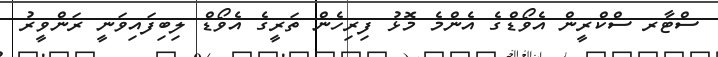
ސްޓާރ ސްކްރީން އެވޯޑްގެ އެންމެ މޮޅު ފިރިހެން ތަރީގެ އެވޯޑް ލިބިފައިވަނީ ރަންވީރު